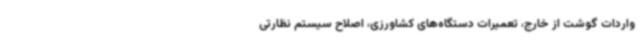
واردات گوشت از خارج، تعمیرات دستگاه‌های کشاورزی، اصلاح سیستم نظارتی